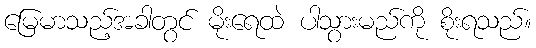
မြေမာသည့်အခါတွင် မိုးရေထဲ ပါသွားမည်ကို စိုးရသည်။